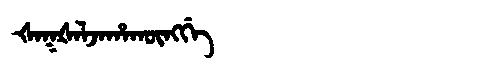
Manchu: ᡧᠠᡴᡧᠠᠯᠵᠠᡥᠠᡴᡡᠩᡤᡝ
Romanization: ŠAKŠALJAHAKŪNGGE